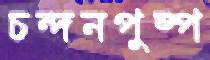
চন্দনপুষ্প